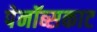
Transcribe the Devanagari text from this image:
पेनॉब्सकाट